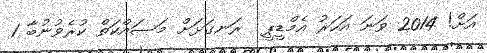
އަށް! 2014 ވަނަ އަހަރު އެމްޑީޕީ  ރަނގަޅަށް މަސައްކަތް ކުރެވުނުބާ 1